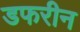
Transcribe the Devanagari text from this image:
डफरीन